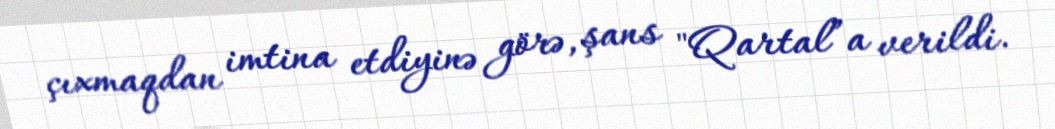
çıxmaqdan imtina etdiyinə görə, şans "Qartal”a verildi.